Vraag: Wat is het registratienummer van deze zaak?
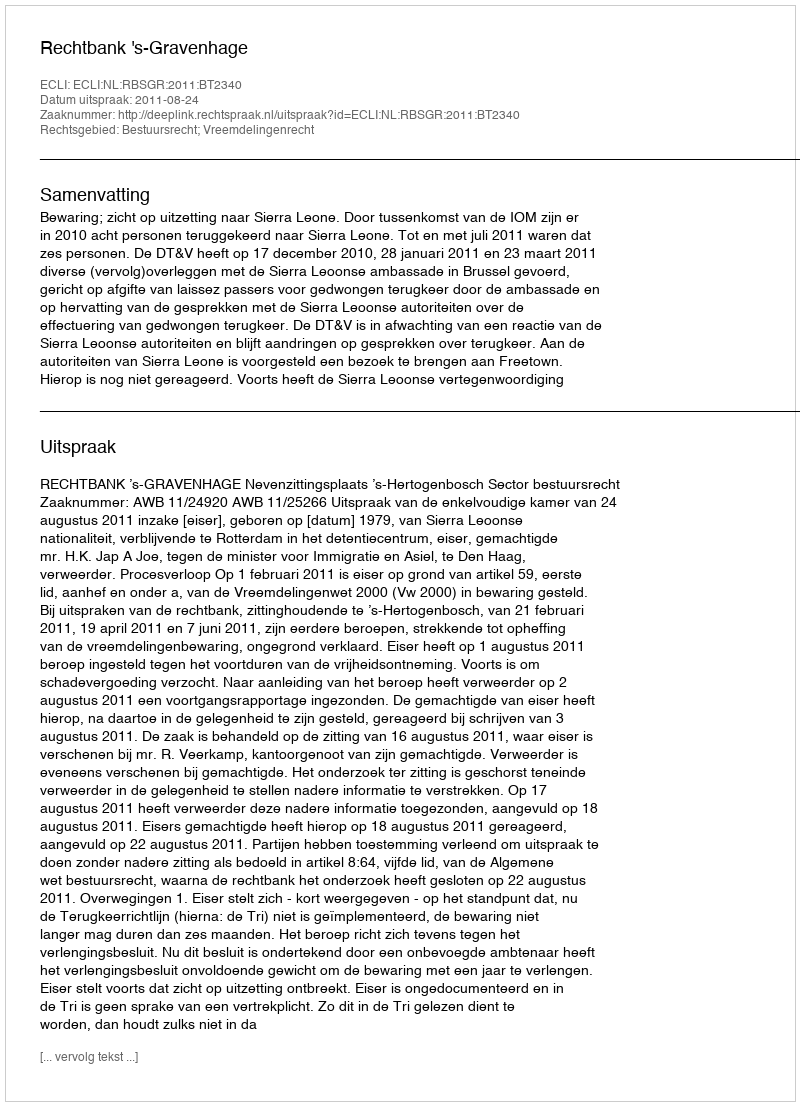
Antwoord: http://deeplink.rechtspraak.nl/uitspraak?id=ECLI:NL:RBSGR:2011:BT2340